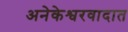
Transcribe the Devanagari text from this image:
अनेकेश्वरवादात